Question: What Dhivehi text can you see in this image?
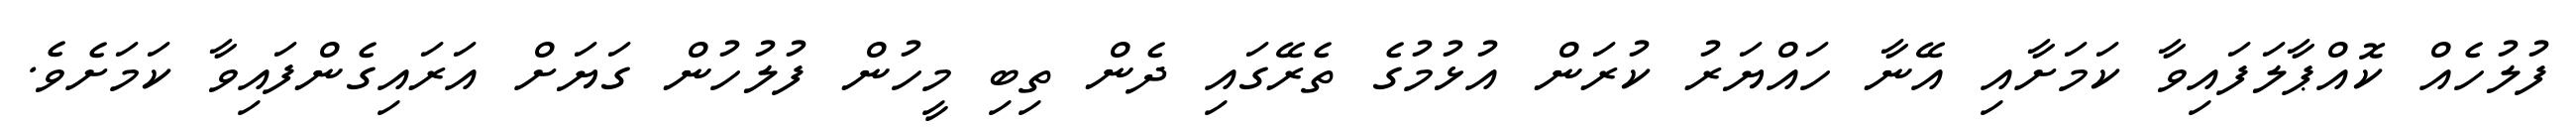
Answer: ފުލުހެއް ކޮއްޕާލަފައިވާ ކަމަށާއި އޭނާ ހައްޔަރު ކުރަން އުޅުމުގެ ތެރޭގައި ދެން ތިބި މީހުން ފުލުހުން ގަޔަށް އަރައިގެންފައިވާ ކަމަށެވެ.